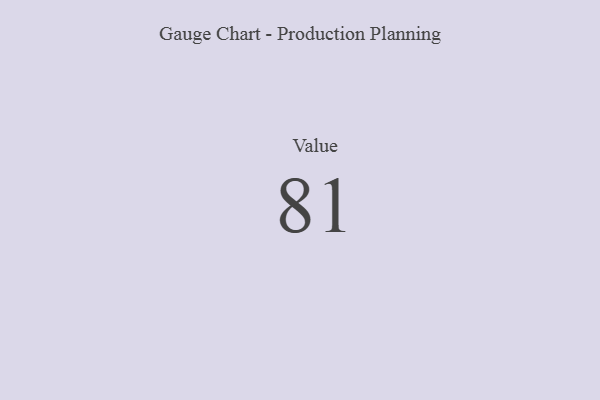
{"axis": {"x": "Metric", "y": "Value"}, "legend": [""], "data": [{"x": "Value", "y": 81, "type": ""}]}